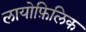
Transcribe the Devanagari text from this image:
लायोफ़िलिक